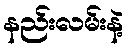
နည်းလမ်းနဲ့